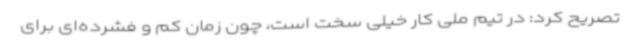
تصریح کرد: در تیم ملی کار خیلی سخت است، چون زمان کم و فشرده‌ای برای